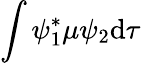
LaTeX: \int\psi_{1}^{*}\mu\psi_{2}\mathrm{d}\tau